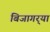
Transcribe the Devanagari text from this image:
बिजागर्‍या